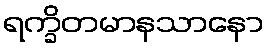
ရက္ခိတမာနသာနော